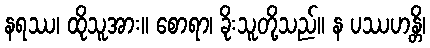
နရဿ၊ ထိုသူအား။ စောရာ၊ ခိုးသူတို့သည်။ န ပဿဟန္တိ၊